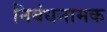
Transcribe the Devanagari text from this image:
निबंधनामक